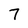
Character: 7